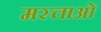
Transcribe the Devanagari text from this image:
मस्ताओं